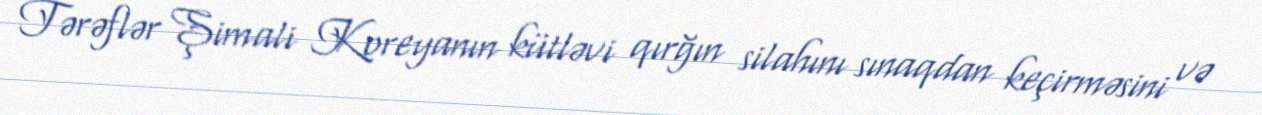
Tərəflər Şimali Koreyanın kütləvi qırğın silahını sınaqdan keçirməsini və